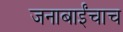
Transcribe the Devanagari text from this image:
जनाबाईंचाच